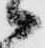
々